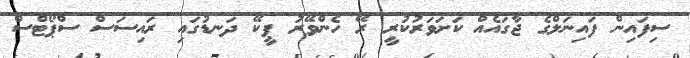
ސިފައިން ފައިނަލްގެ ޖާގައެއް ކަށަވަރުކުރީ ރޭ ހެންވޭރު ޕީކޭ ދަނޑުގައި ރައިސަސް ސްޕޯޓްސް